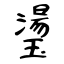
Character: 璗